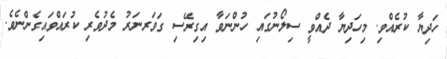
ހަދިޔާ ކުރެއްވި. މިހަދިޔާ ދެއްވީ ސިލޯނުގައި ހުންނަވާ އިގިރޭސި ގަވަރނަރު މެދުވެރި ކުރައްވައިގެންނެވެ.